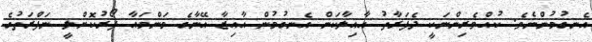
އެނގުމުންނެވެ. ކުއްވެރިންނަކީ ދެފަރާތު އާއިލާކަން އެނގުމުން އާއިޒާ އޭނާގެ މަންމައާ ފޯރުކޮށްލީ ނަފްރަތުގެ